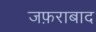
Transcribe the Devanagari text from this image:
जफ़राबाद